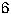
6